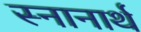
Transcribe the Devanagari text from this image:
स्‍नानार्थ